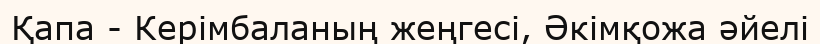
Қапа - Керімбаланың жеңгесі, Әкімқожа әйелі